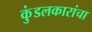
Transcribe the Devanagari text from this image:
कुंडलकारांचा